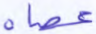
عصاه